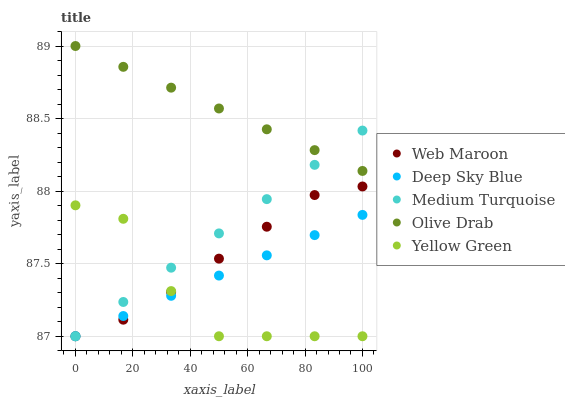
| xaxis_label | Web Maroon | Deep Sky Blue | Medium Turquoise | Olive Drab | Yellow Green |
 | --- | --- | --- | --- | --- | --- |
 | 0 | 87 | 87 | 87 | 89 | 87.9 |
 | 16.7 | 87.1 | 87.1 | 87.2 | 88.9 | 87.8 |
 | 33.3 | 87.3 | 87.3 | 87.5 | 88.7 | 87.3 |
 | 50 | 87.5 | 87.4 | 87.7 | 88.6 | 87 |
 | 66.7 | 87.8 | 87.6 | 87.9 | 88.4 | 87 |
 | 83.3 | 88 | 87.7 | 88.2 | 88.3 | 87 |
 | 100 | 88 | 87.8 | 88.4 | 88.1 | 87 |